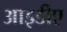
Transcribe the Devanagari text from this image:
आइडीए